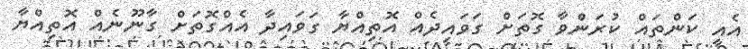
އެއީ ކަންތައް ކުރަންވާ ގޮތަށް ގަވައިދެއް އޮތިއްޔާ ގަވައިދާ އެއްގޮތަށް ގާނޫނެއް އޮތިއްޔާ